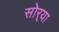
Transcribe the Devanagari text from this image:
सोर्‍या